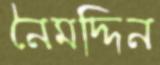
নৈমদ্দিন